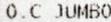
O.C JUMBO